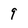
Character: 9